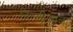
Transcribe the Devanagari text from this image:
दिल्लीआला